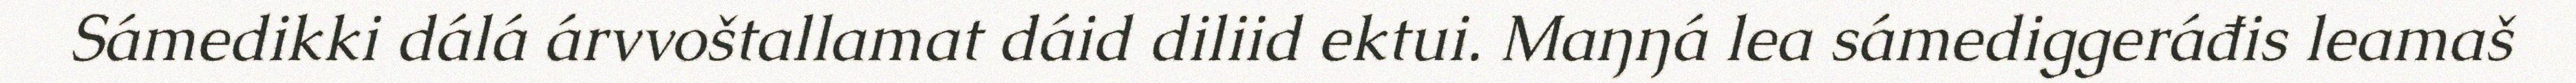
Sámedikki dálá árvvoštallamat dáid diliid ektui. Maŋŋá lea sámediggeráđis leamaš